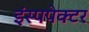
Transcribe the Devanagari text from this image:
इंस्पपेक्टर